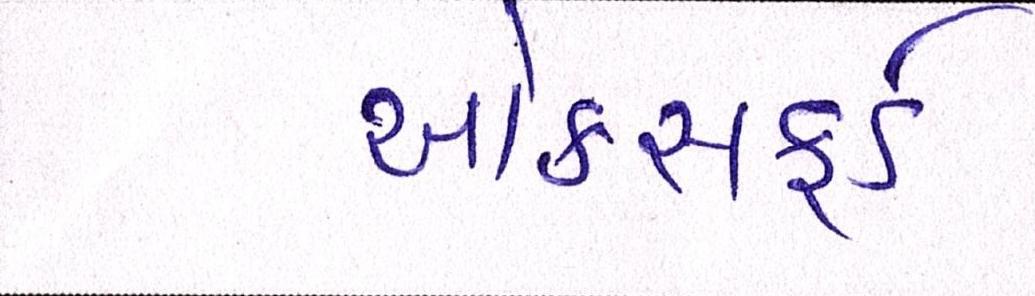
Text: ઓકસફર્ડ